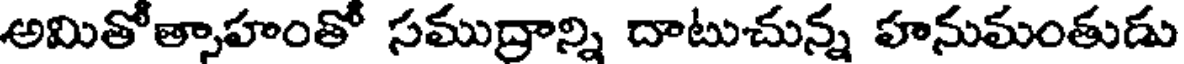
అమితోత్సాహంతో సముద్రాన్ని దాటుచున్న హనుమంతుడు